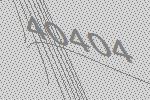
40404